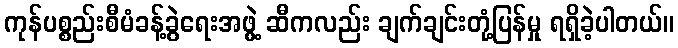
ကုန်ပစ္စည်းစီမံခန့်ခွဲရေးအဖွဲ့ ဆီကလည်း ချက်ချင်းတုံ့ပြန်မှု ရရှိခဲ့ပါတယ်။